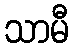
သာမီ